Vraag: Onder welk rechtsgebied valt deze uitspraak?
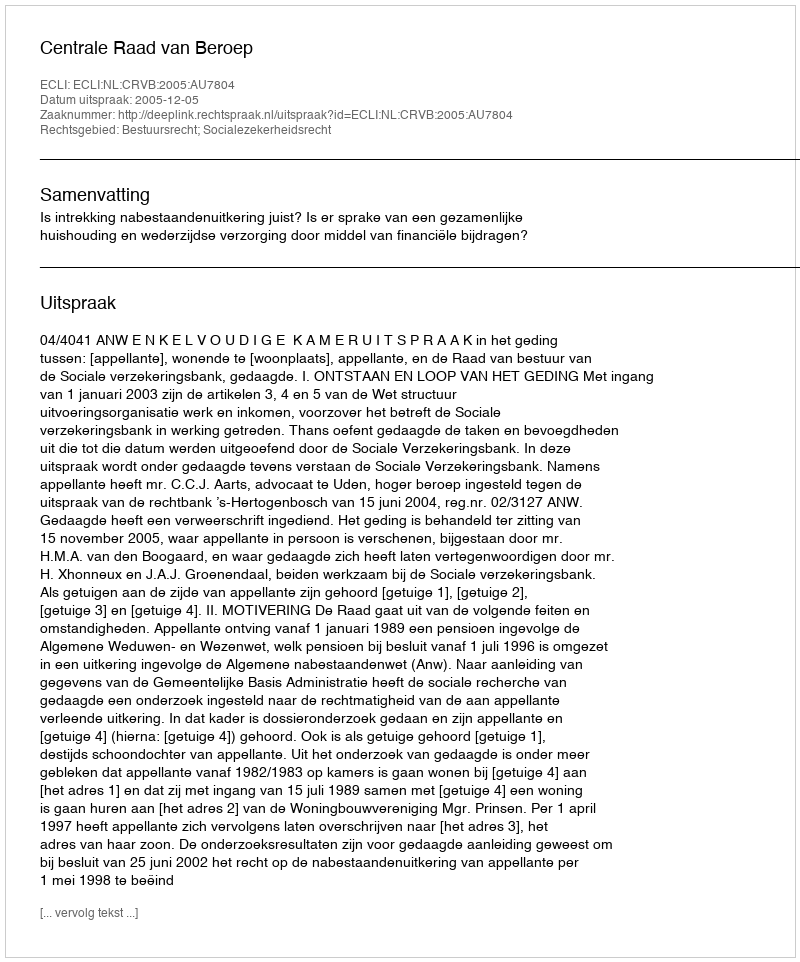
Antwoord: Bestuursrecht; Socialezekerheidsrecht